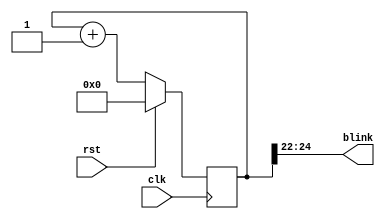
/*
   This file was generated automatically by the Mojo IDE version B1.3.6.
   Do not edit this file directly. Instead edit the original Lucid source.
   This is a temporary file and any changes made to it will be destroyed.
*/

module blink_19 (
    input clk,
    input rst,
    output reg [2:0] blink
  );
  
  
  
  reg [24:0] M_counter_d, M_counter_q = 1'h0;
  
  always @* begin
    M_counter_d = M_counter_q;
    
    blink = M_counter_q[22+2-:3];
    M_counter_d = M_counter_q + 1'h1;
  end
  
  always @(posedge clk) begin
    if (rst == 1'b1) begin
      M_counter_q <= 1'h0;
    end else begin
      M_counter_q <= M_counter_d;
    end
  end
  
endmodule